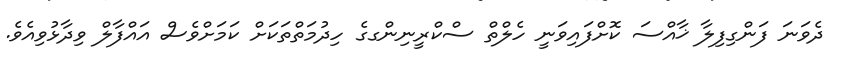
ދެވަނަ ފަންގިފިލާ ޚާއްސަ ކޮށްފައިވަނީ ހެލްތް ސްކްރީނިންގގެ ހިދުމަތްތަކަށް ކަމަށްވެސް އައްފާލް ވިދާޅުވިއެވެ.